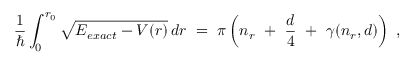
\frac { 1 } { \hbar } \int _ { 0 } ^ { r _ { 0 } } \sqrt { E _ { e x a c t } - V ( r ) } \, d r \ = \ \pi \left( n _ { r } \ + \ \frac { d } { 4 } \ + \ \gamma ( n _ { r } , d ) \right) \ ,